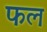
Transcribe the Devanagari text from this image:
फल